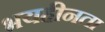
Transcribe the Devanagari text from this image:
भयहीनता